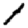
Digit: 1